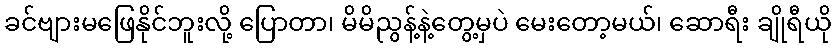
ခင်ဗျားမဖြေနိုင်ဘူးလို့ ပြောတာ၊ မိမိညွန့်နဲ့တွေ့မှပဲ မေးတော့မယ်၊ ဆောရီး ချိုရီယို